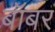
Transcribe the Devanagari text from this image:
बॉबर